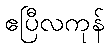
ဧပြီလကုန်